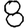
Digit: 8